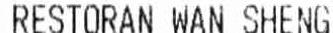
RESTORAN WAN SHENG